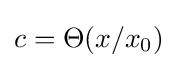
c=\Theta (x/x_{0})